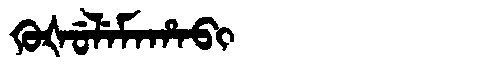
Manchu: ᡴᡠᡧᡠᠯᡝᠮᠠᡥᠠᠪᡳ
Romanization: KUŠULEMAHABI